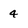
Character: 4